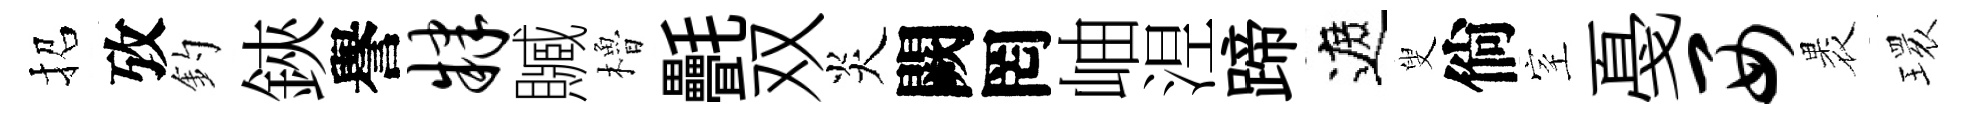
招攷釣鋏譽肄贓櫓㲲双炎闕罔岫𣵀蹄遮叟倘室戞西褁𤨔